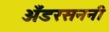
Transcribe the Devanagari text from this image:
अँडरसननी